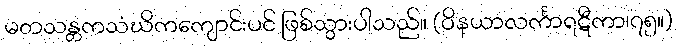
မတသန္တကသံဃိကကျောင်းပင် ဖြစ်သွားပါသည်။ (ဝိနယာလင်္ကာရဋီကာ၊၇၅။)